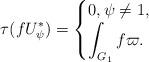
LaTeX: \begin{align*}\begin{aligned}\tau (fU^\ast_{\psi}) = \begin{cases} 0, \psi \ne 1,\\\displaystyle \int_{G_1} f \varpi.\end{cases}\end{aligned}\end{align*}